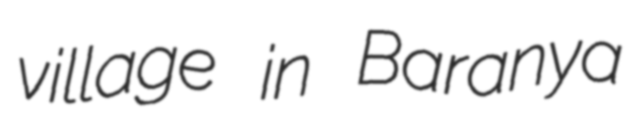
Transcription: village in Baranya